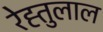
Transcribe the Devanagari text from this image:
रेह्तुलाल